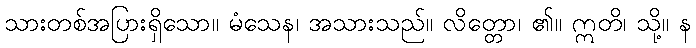
သားတစ်အပြားရှိသော။ မံသေန၊ အသားသည်။ လိတ္တော၊ ၏။ ဣတိ၊ သို့။ န